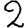
Digit: 2